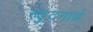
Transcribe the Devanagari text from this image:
स्टुटगार्ड